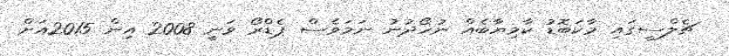
ޗެލްސީގައި މާކަބޮޑު ކާމިޔާބެއް ނުހޯދުނު ނަމަވެސް ޕެޑްރޯ ވަނީ 2008 އިން 2015އަށް